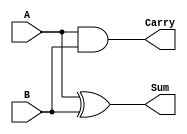
// Half adder 

module half_adder(A,B,Sum,Carry);

	input A,B;
	output Sum,Carry;
	
	assign Sum= A^B; //XOR Operation
	assign Carry=A&B; //AND Operation

endmodule

module fa_ha(a,b,cin,s,co);

	input a,b,cin;
	output s,co;
	
	wire ha1_sum,ha2_sum,ha1_carry,ha2_carry,Sum,Carry;
	
	//Instantiate Half Adder
	
	half_adder ha1(.A(a),.B(b),.Sum(ha1_sum),.Carry(ha1_carry));
	half_adder ha2(.A(ha1_sum),.B(cin),.Sum(s),.Carry(ha2_carry));
	
	assign s=ha2_sum;
	assign co=ha1_carry|ha2_carry;
	
endmodule